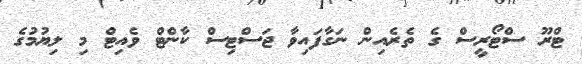
ޓްރޫ ސްޓޯރީސް ގެ ތެރެއިން ނަގާފައިވާ ޖަސްޓިސް ކާންޓް ވެއިޓް މި ލިޔުމުގެ